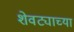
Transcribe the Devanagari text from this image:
शेवट्याच्या